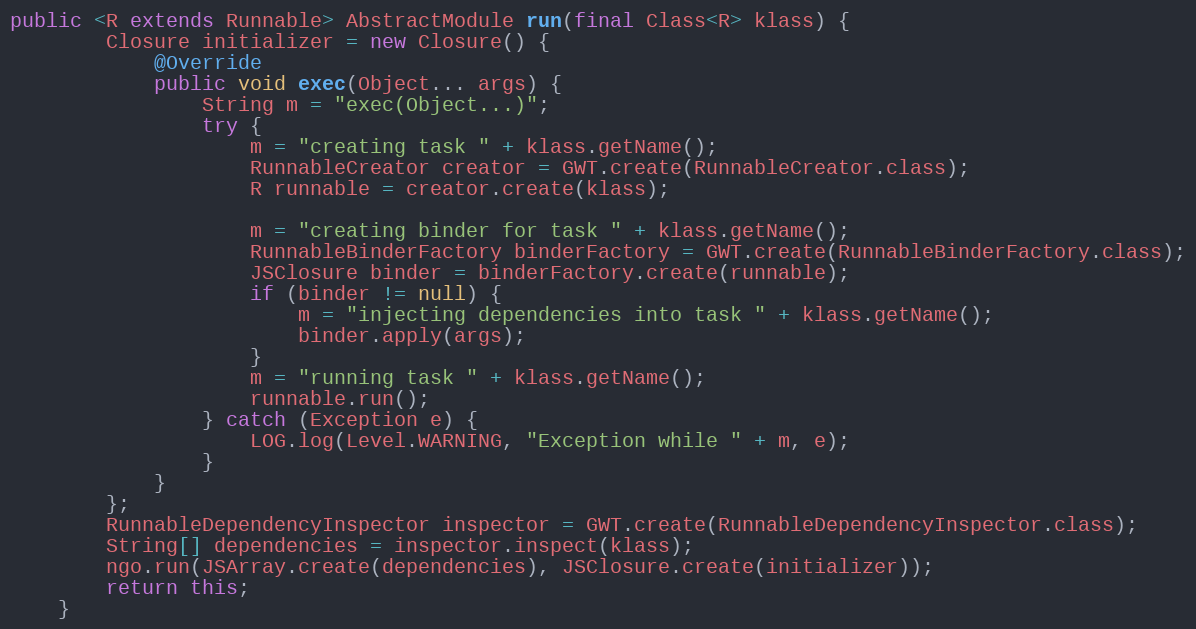
Language: Java
public <R extends Runnable> AbstractModule run(final Class<R> klass) {
        Closure initializer = new Closure() {
            @Override
            public void exec(Object... args) {
                String m = "exec(Object...)";
                try {
                    m = "creating task " + klass.getName();
                    RunnableCreator creator = GWT.create(RunnableCreator.class);
                    R runnable = creator.create(klass);

                    m = "creating binder for task " + klass.getName();
                    RunnableBinderFactory binderFactory = GWT.create(RunnableBinderFactory.class);
                    JSClosure binder = binderFactory.create(runnable);
                    if (binder != null) {
                        m = "injecting dependencies into task " + klass.getName();
                        binder.apply(args);
                    }
                    m = "running task " + klass.getName();
                    runnable.run();
                } catch (Exception e) {
                    LOG.log(Level.WARNING, "Exception while " + m, e);
                }
            }
        };
        RunnableDependencyInspector inspector = GWT.create(RunnableDependencyInspector.class);
        String[] dependencies = inspector.inspect(klass);
        ngo.run(JSArray.create(dependencies), JSClosure.create(initializer));
        return this;
    }